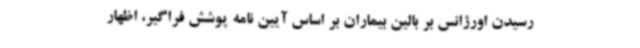
رسیدن اورژانس بر بالین بیماران بر اساس آیین نامه پوشش فراگیر، اظهار